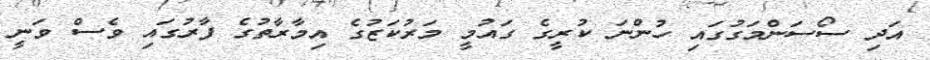
އަދި ސޯސަންމަގުގައި ހުންނަ ކުރީގެ ގައުމީ މަރުކަޒުގެ އިމާރާތުގެ ފާރުގައި ވެސް ވަނީ